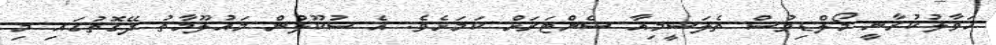
ހަވާލުކުރާނީ މޯލްޑިވުސް ތެލަސީމިއާ ސެންޓަރަށް ކަމަށެވެ. އެ ސުކޫލުން މައުލޫމާތު ދޭގޮތުގައި މި